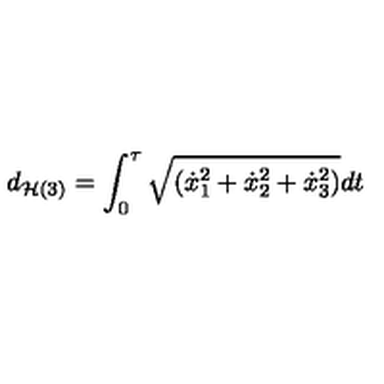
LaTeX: d _ { { \cal H } ( 3 ) } = \int _ { 0 } ^ { \tau } \sqrt { ( { \dot { x } } _ { 1 } ^ { 2 } + { \dot { x } } _ { 2 } ^ { 2 } + { \dot { x } } _ { 3 } ^ { 2 } ) } d t